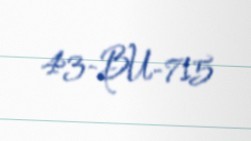
43-BU-715